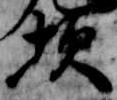
坎